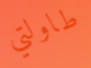
طاولتي